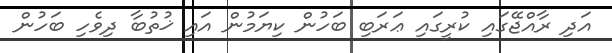
އަދި ރާއްޖޭގައި ކުރީގައި ޢަރަބި ބަހުން ކިޔަމުން އައި ޚުތުބާ ދިވެހި ބަހުން